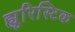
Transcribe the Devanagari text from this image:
ह्यूरिस्टिक